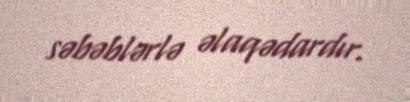
səbəblərlə əlaqədardır.